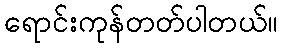
ရောင်းကုန်တတ်ပါတယ်။